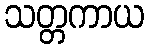
သတ္တကာယ